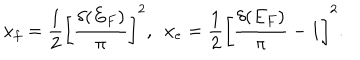
x _ { f } = { \frac { 1 } { 2 } } \left[ { \frac { \delta ( E _ { F } ) } { \pi } } \right] ^ { 2 } , \ \ x _ { e } = { \frac { 1 } { 2 } } \left[ { \frac { \delta ( E _ { F } ) } { \pi } } - 1 \right] ^ { 2 } .